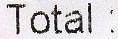
TOTAL :